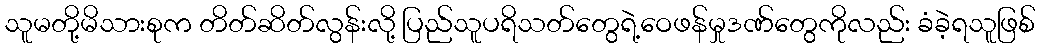
သူမတို့မိသားစုက တိတ်ဆိတ်လွန်းလို့ ပြည်သူပရိသတ်တွေရဲ့ဝေဖန်မှုဒဏ်တွေကိုလည်း ခံခဲ့ရသူဖြစ်